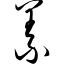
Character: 义